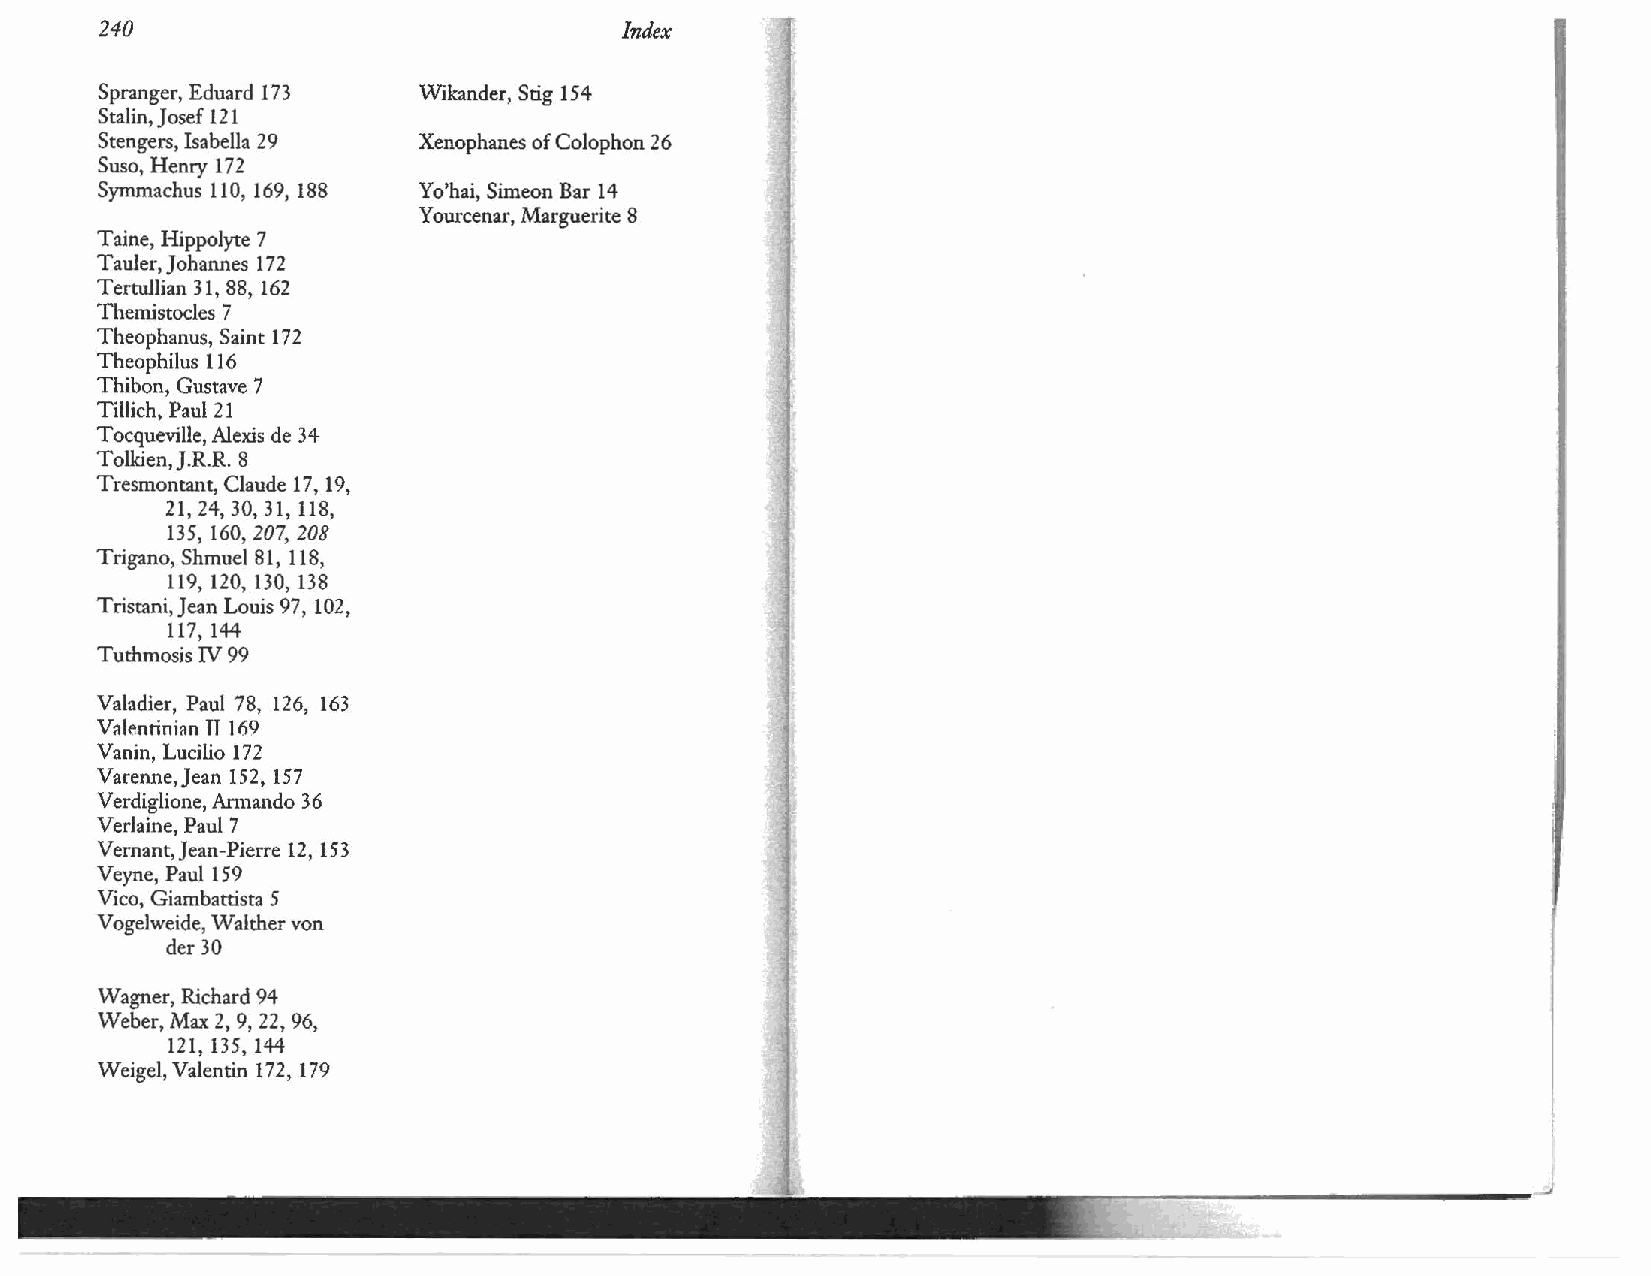
240                               Index
 Spranger, Eduard 173 Wikander, Stig 154
 Stalin, Josef 121
 Stengers, Isabella 29 Xenophanes of Colophon 26
 Suso, Henry 172
 Symmachus 110, 169, 188 Yo'hai, Simeon Bar 14
 Yourcenar, Marguerite 8
 Taine, Hippolyte 7
 Tauler, Johannes 172
 Tertullian 31, 88, 162
 Themistocles 7
 Theophanus, Saint 17 2
 Theophilus 116
 Thibon, Gustave 7
 Tillich, Paul 21
 Tocqueville, Alexis de 34
 Tolkien, J.R.R. 8
 Tresmontant, Claude 17, 19,
 21, 24, 30, 31, 118,
 135, 160, 207, 208
 Trigano, Shmuel 81, 118,
 119, 120, 130, 138
 Tristani,Jean Louis 97, 102,
 117, 144
 Tuthmosis N 99
 Valadier, Paul 78, 126, 163
 Vale:nrinian TI 169
 Vanin, Lucilio 172
 Varenne,Jean 152, 157
 Verdiglione, Armando 36
 Verlaine, Paul 7
 Vernant,Jean-Pierre 12, 153
 Veyne, Paull59
 Vico, Giambattista 5
 Vogelweide, Walther von
 der 30
 Wagner, Richard 94
 Weber, Max 2, 9, 22, 96,
 121, 135, 144
 Weigel, Valentin 172, 179